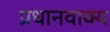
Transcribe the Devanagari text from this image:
प्रधानवाक्य